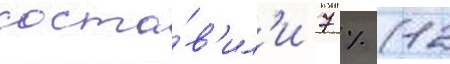
соста́в'ил'и 7 % (12